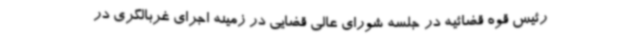
رئیس قوه قضائیه در جلسه شورای عالی قضایی در زمینه اجرای غربالگری در